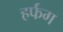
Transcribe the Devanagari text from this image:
हर्फंग